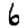
Digit: 6